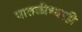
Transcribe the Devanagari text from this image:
पातळीच्याही